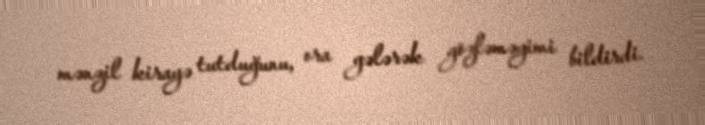
mənzil kirayə tutduğunu, ora gələrək gözləməyimi bildirdi.